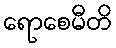
ရောစေမီတိ